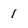
Character: 1